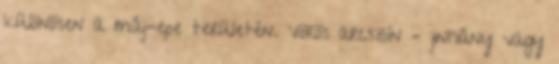
különösen a máj-epe területén. Vörös arcszín – jinhiány vagy